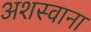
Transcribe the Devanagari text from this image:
अशस्वाना